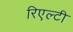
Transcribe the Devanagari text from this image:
रिएल्टी